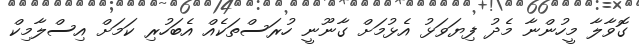
ގޮވާލާ މީހުންނާ މެދު ފިޔަވަޅު އެޅުމަށް ގާނޫނީ ހުރަސްތަކެއް އެބަހުރި ކަމަށް އިސްލާމިކް